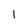
Character: 1